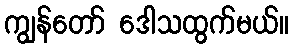
ကျွန်တော် ဒေါသထွက်မယ်။